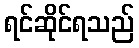
ရင်ဆိုင်ရသည်